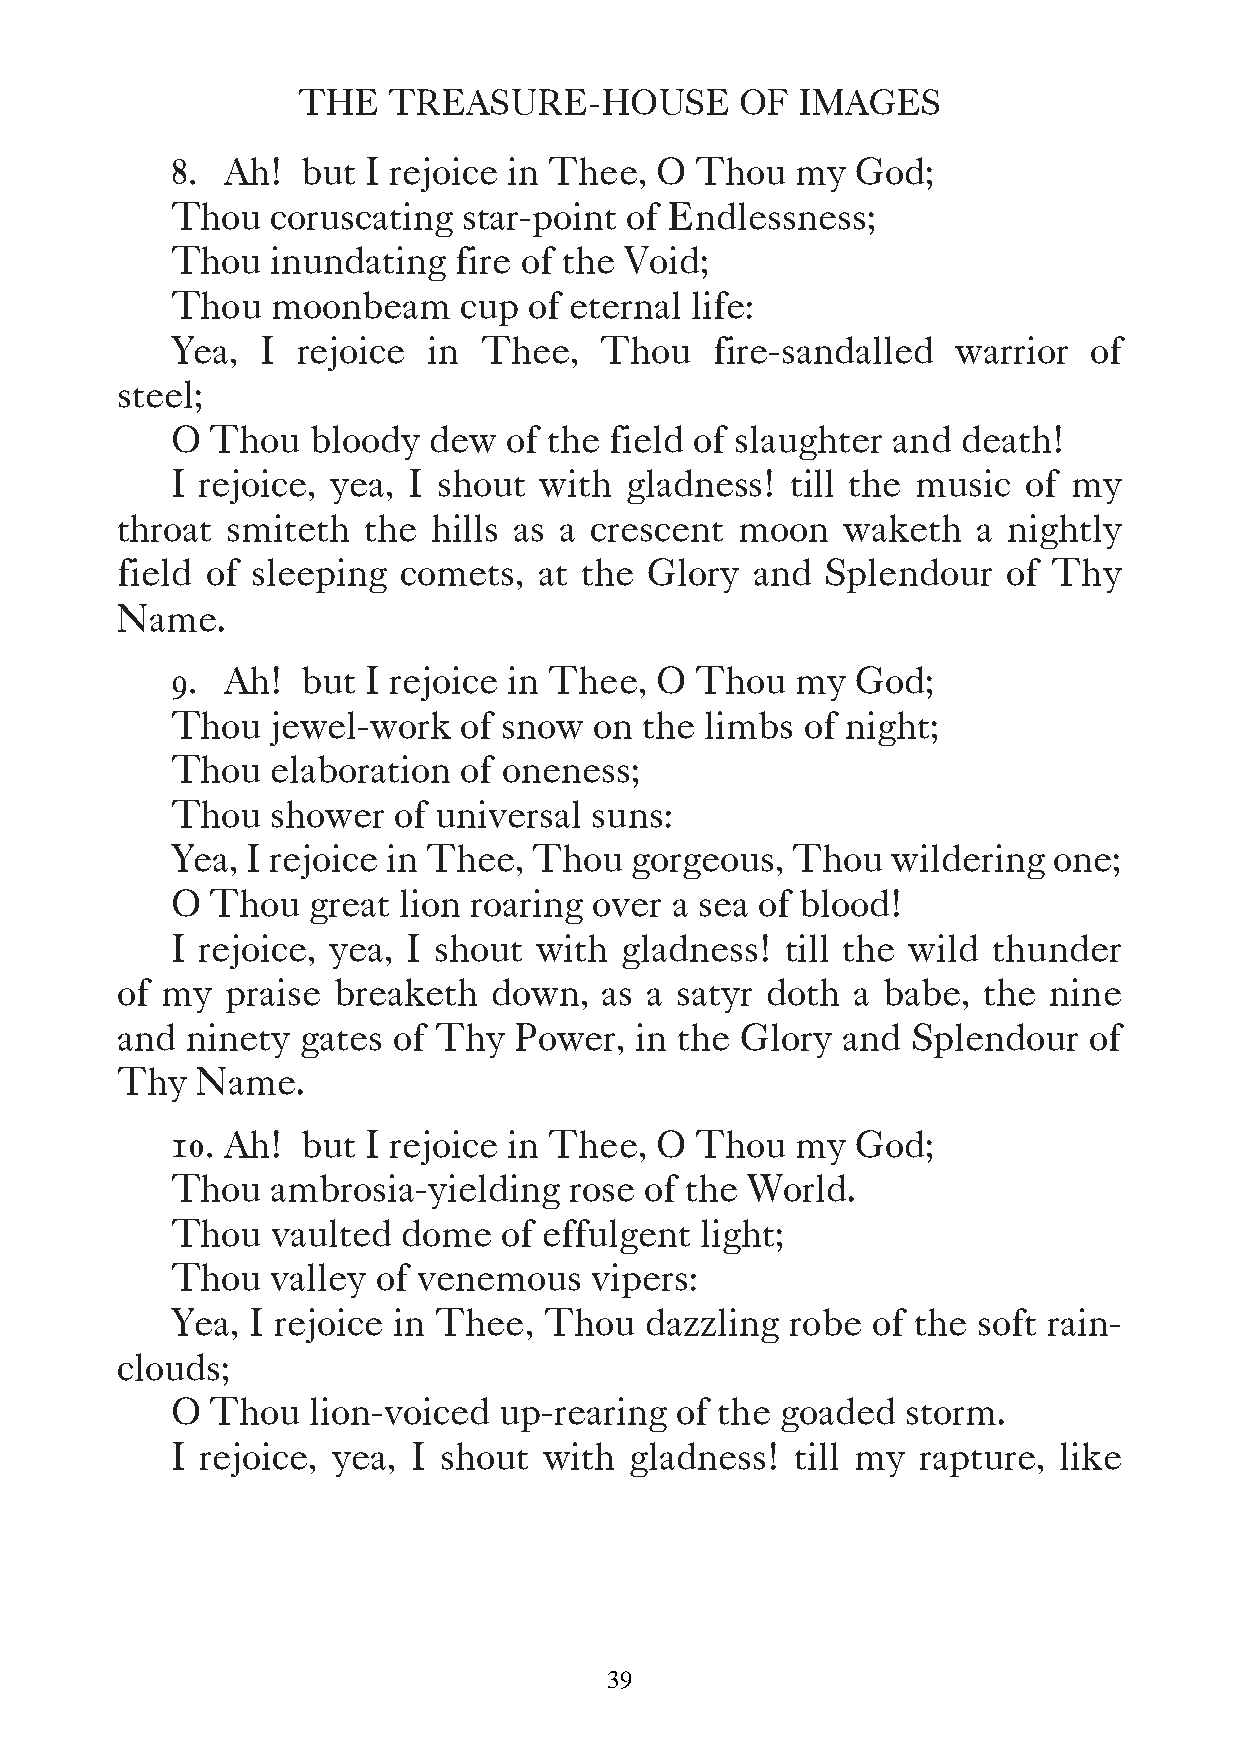
THE   TREASURE-HOUSE         OF  IMAGES
 8.  Ah!  but I rejoice in Thee, O  Thou   my  God;
 Thou   coruscating  star-point of Endlessness;
 Thou   inundating  fire of the Void;
 Thou   moonbeam    cup  of eternal life:
 Yea,  I  rejoice in  Thee,   Thou   fire-sandalled  warrior  of
 steel;
 O  Thou  bloody  dew   of the field of slaughter and death!
 I rejoice, yea, I shout  with gladness!  till the music  of my
 throat smiteth  the  hills as a crescent moon   waketh   a nightly
 field of sleeping  comets,  at the Glory  and  Splendour   of Thy
 Name.
 9.  Ah!  but I rejoice in Thee, O  Thou   my  God;
 Thou   jewel-work  of snow  on  the limbs of night;
 Thou   elaboration of oneness;
 Thou   shower  of universal suns:
 Yea, I rejoice in Thee, Thou   gorgeous,  Thou  wildering  one;
 O  Thou  great lion roaring over a sea of blood!
 I rejoice, yea, I shout  with gladness!  till the wild thunder
 of my  praise breaketh   down,  as a satyr doth a babe,  the nine
 and ninety  gates of Thy  Power,  in the Glory  and Splendour   of
 Thy  Name.
 10. Ah!  but I rejoice in Thee, O  Thou   my  God;
 Thou   ambrosia-yielding   rose of the World.
 Thou   vaulted  dome  of effulgent light;
 Thou   valley of venemous   vipers:
 Yea,  I rejoice in Thee, Thou   dazzling robe  of the soft rain-
 clouds;
 O  Thou   lion-voiced up-rearing  of the goaded  storm.
 I rejoice, yea, I shout  with  gladness!  till my rapture, like
 39